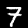
Digit: 7